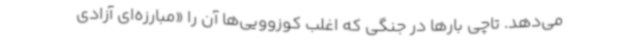
می‌دهد. تاچی بارها در جنگی که اغلب کوزوویی‌ها آن را «مبارزه‌ای آزادی